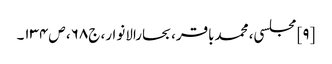
[۹] مجلسی، محمدباقر، بحارالانوار، ج۶۸، ص۱۳۴۔